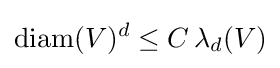
\operatorname {diam} (V)^{d}\leq C\,\lambda _{d}(V)